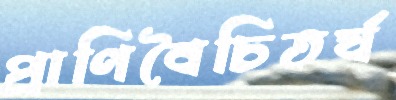
প্রাণিবৈচিতর্য